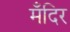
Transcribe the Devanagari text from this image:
मँदिर